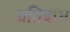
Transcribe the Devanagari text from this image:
प्रतिबांध